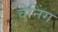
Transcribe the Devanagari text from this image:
वेनिंग